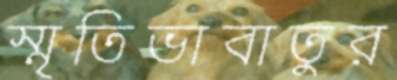
স্মৃতিভাবাতুর